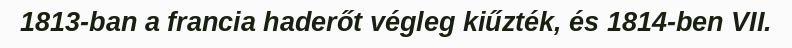
1813-ban a francia haderőt végleg kiűzték, és 1814-ben VII.